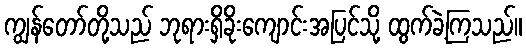
ကျွန်တော်တို့သည် ဘုရားရှိခိုးကျောင်းအပြင်သို့ ထွက်ခဲ့ကြသည်။